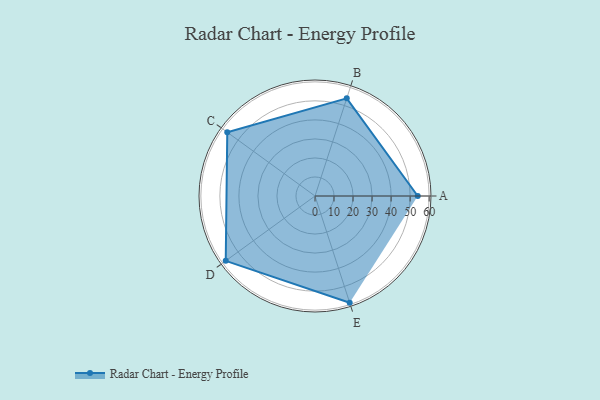
{"axis": {"x": "Skill", "y": "Score"}, "legend": ["Profile"], "data": [{"x": "A", "y": 54.0, "type": "Profile"}, {"x": "B", "y": 54.0, "type": "Profile"}, {"x": "C", "y": 57.0, "type": "Profile"}, {"x": "D", "y": 58.0, "type": "Profile"}, {"x": "E", "y": 59.0, "type": "Profile"}]}